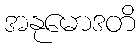
အနုမောဒတိ